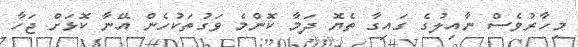
މިހާރުވެސް ނާއިލުގެ ގައިގާ ތެޔޮ ދަމާ ކޮންމެ ވަގުތަކުހެން އޭނާ ކޮޅަށް ޖަހާ